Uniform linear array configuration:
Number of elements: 12
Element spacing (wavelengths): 1
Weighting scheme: uniform
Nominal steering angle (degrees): -45
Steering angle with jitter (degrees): -46.804
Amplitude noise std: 0.05
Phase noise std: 0.05

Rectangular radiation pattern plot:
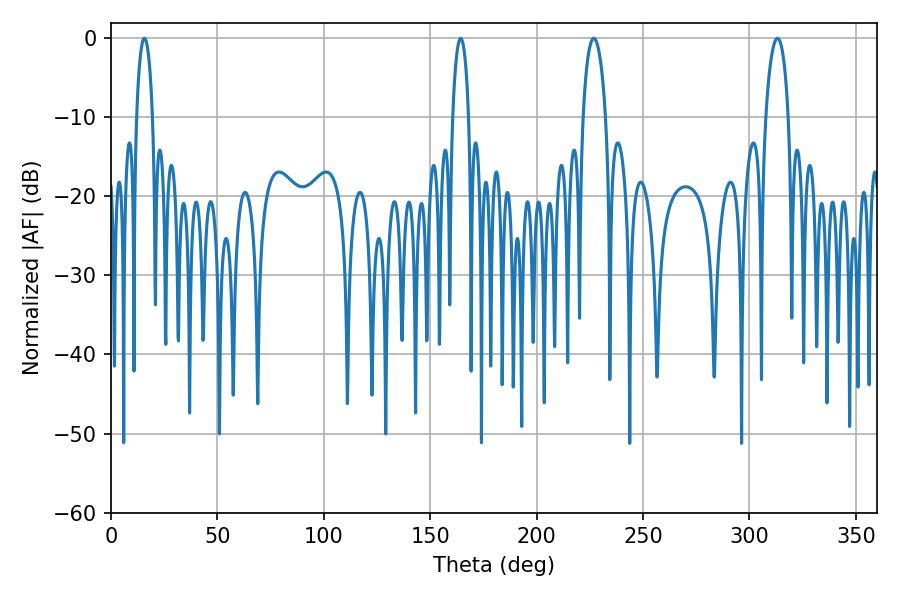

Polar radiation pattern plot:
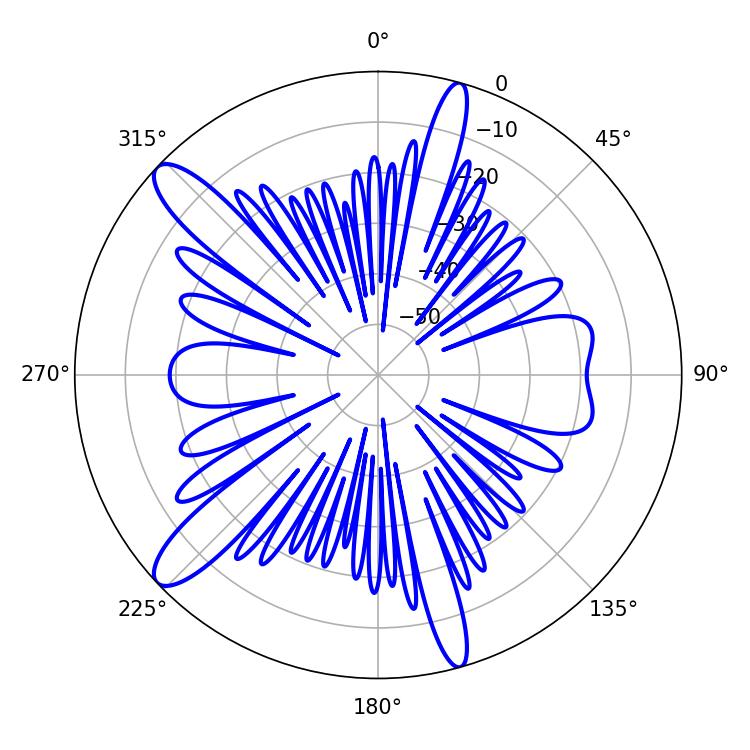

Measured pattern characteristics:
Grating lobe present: TRUE
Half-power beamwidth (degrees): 6.12
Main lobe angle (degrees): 226.8